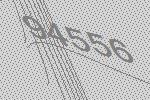
94556